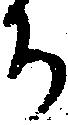
ち